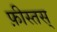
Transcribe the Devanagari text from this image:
फ़ीस्तस्